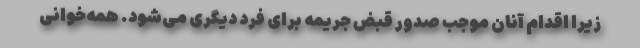
زیرا اقدام آنان موجب صدور قبض جریمه برای فرد دیگری می‌شود. همه‌خوانی